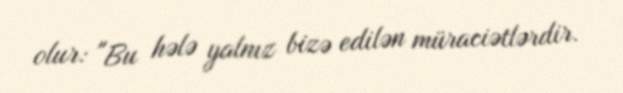
olur: "Bu hələ yalnız bizə edilən müraciətlərdir.